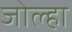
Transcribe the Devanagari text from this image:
जोल्हा